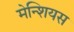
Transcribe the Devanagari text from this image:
मेन्शियस